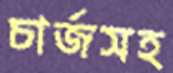
চার্জসহ